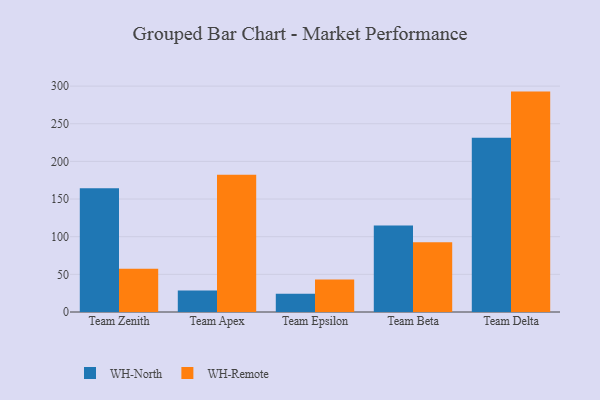
{"axis": {"x": "Team", "y": "Operating Costs (USD K)"}, "legend": ["WH-North", "WH-Remote"], "data": [{"x": "Team Zenith", "y": 164.5, "type": "WH-North"}, {"x": "Team Zenith", "y": 57.4, "type": "WH-Remote"}, {"x": "Team Apex", "y": 28.6, "type": "WH-North"}, {"x": "Team Apex", "y": 182.4, "type": "WH-Remote"}, {"x": "Team Epsilon", "y": 24.4, "type": "WH-North"}, {"x": "Team Epsilon", "y": 43.0, "type": "WH-Remote"}, {"x": "Team Beta", "y": 114.9, "type": "WH-North"}, {"x": "Team Beta", "y": 92.6, "type": "WH-Remote"}, {"x": "Team Delta", "y": 231.3, "type": "WH-North"}, {"x": "Team Delta", "y": 292.7, "type": "WH-Remote"}]}